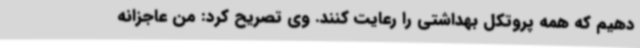
دهیم که همه پروتکل بهداشتی را رعایت کنند. وی تصریح کرد: من عاجزانه